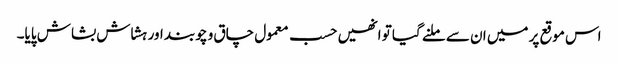
اس موقع پر میں ان سے ملنے گیا تو انھیں حسب معمول چاق و چوبند اور ہشاش بشاش پایا۔